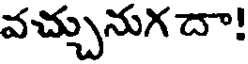
వచ్చునుగ దా!